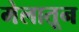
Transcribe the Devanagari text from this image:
मेलातून